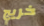
خريج